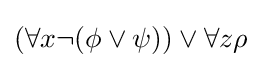
(\forall x\neg (\phi \lor \psi ))\lor \forall z\rho